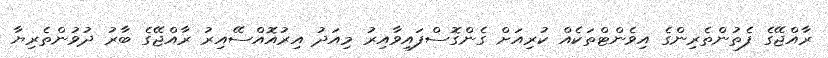
ރާއްޖޭގެ ފެތުންތެރިންގެ އިވެންޓްތަކެއް ކުރިއަށް ގެންގޮސްފައިވާއިރު މިއަދު އިރުއޮއްސޭއިރު ރާއްޖޭގެ ބާރު ދުވުންތެރިޔާ